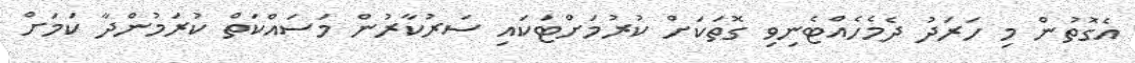
އެގޮތުން މި ހަރަދު ދެމެހެއްޓެނިވި ގޮތަކަށް ކުރުމަށްޓަކައި ސަރުކާރުން މަސައްކަތް ކުރަމުންދާ ކަމަށް